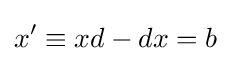
x'\equiv xd-dx=b